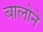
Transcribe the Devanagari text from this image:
बालोने